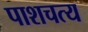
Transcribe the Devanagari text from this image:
पाशचत्य